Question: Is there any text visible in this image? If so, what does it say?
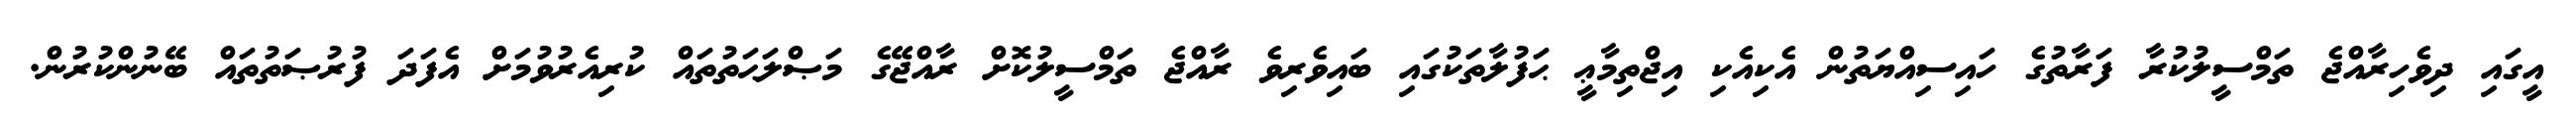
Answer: އީގައި ދިވެހިރާއްޖެ ތަމްސީލުކުރާ ފަރާތުގެ ހައިސިއްޔަތުން އެކިއެކި އިޖްތިމާޢީ ޙަފުލާތަކުގައި ބައިވެރިވެ ރާއްޖެ ތަމްސީލުކޮށް ރާއްޖޭގެ މަޞްލަޙަތުތައް ކުރިއެރުވުމަށް އެފަދަ ފުރުޞަތުތައް ބޭނުންކުރުން.